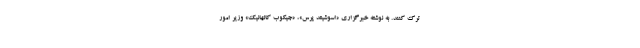
ترک کنند. به نوشته خبرگزاری «اسوشیتد پرس»، «جیکوب کالهانیک» وزیر امور